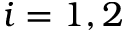
i = 1 , 2